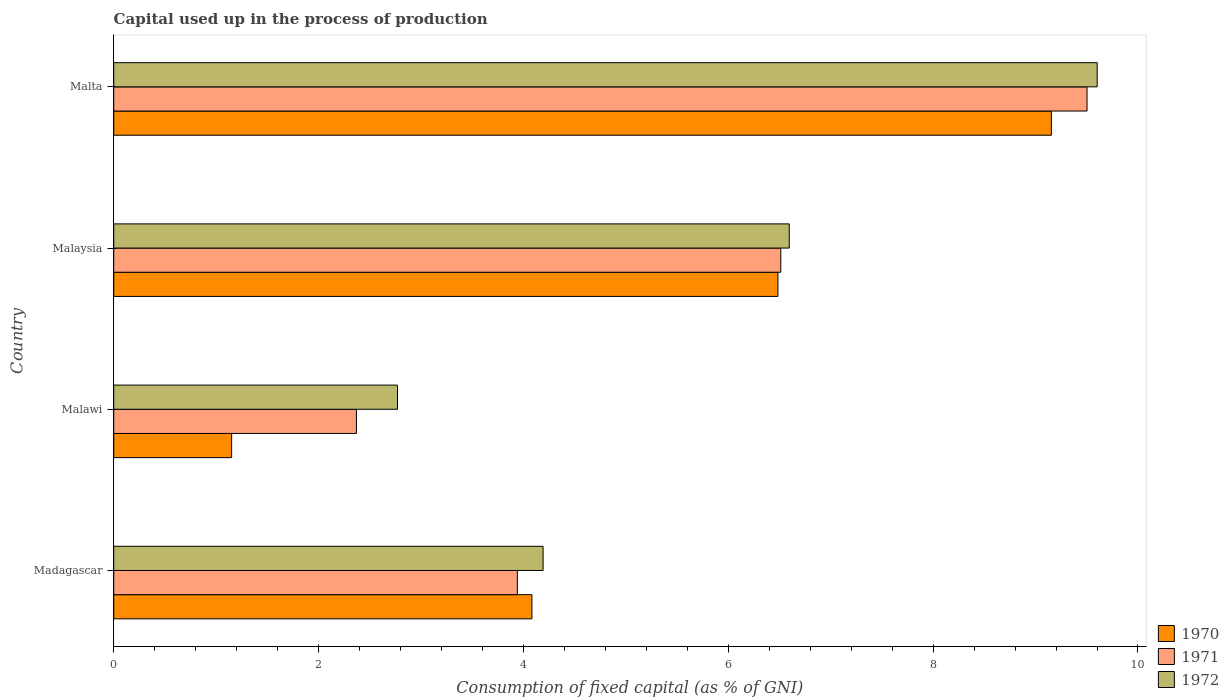
| Country | 1970 | 1971 | 1972 |
 | --- | --- | --- | --- |
 | Madagascar | 4.08 | 3.94 | 4.19 |
 | Malawi | 1.15 | 2.37 | 2.77 |
 | Malaysia | 6.48 | 6.51 | 6.6 |
 | Malta | 9.15 | 9.5 | 9.6 |